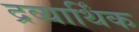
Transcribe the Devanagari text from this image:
द्रव्यार्थिंक